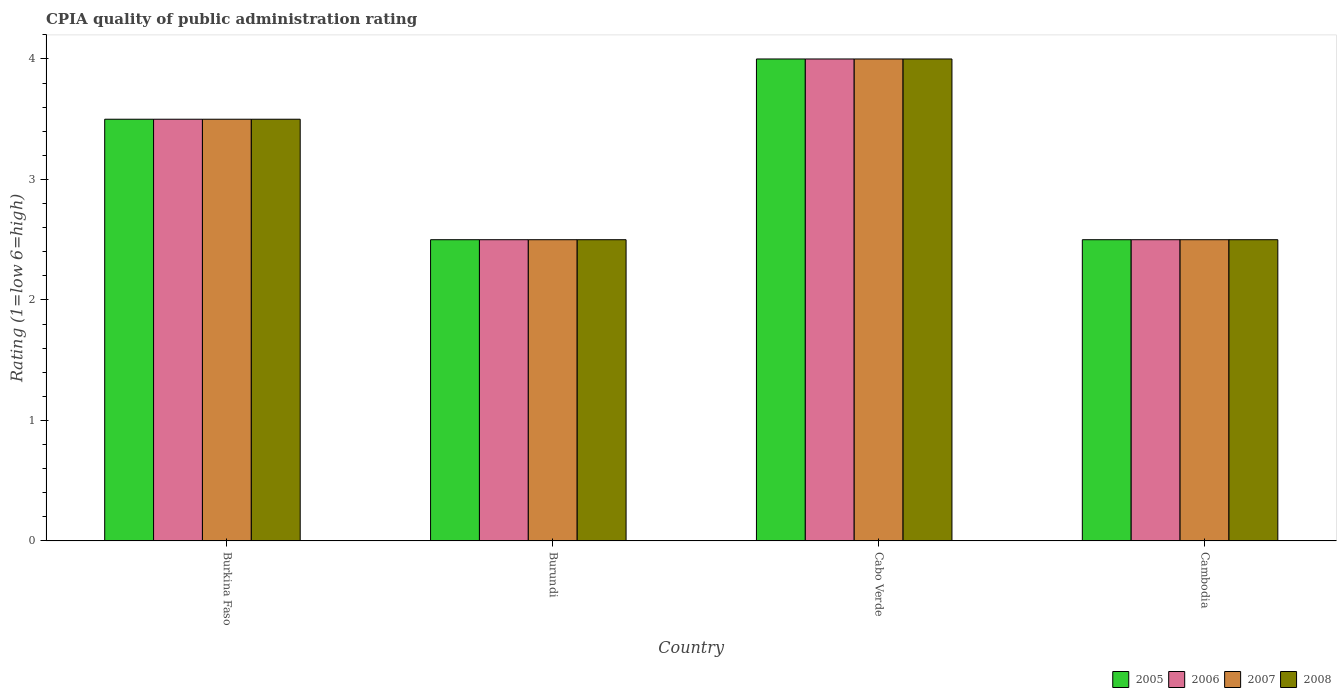
| Country | 2005 | 2006 | 2007 | 2008 |
 | --- | --- | --- | --- | --- |
 | Burkina Faso | 3.5 | 3.5 | 3.5 | 3.5 |
 | Burundi | 2.5 | 2.5 | 2.5 | 2.5 |
 | Cabo Verde | 4 | 4 | 4 | 4 |
 | Cambodia | 2.5 | 2.5 | 2.5 | 2.5 |